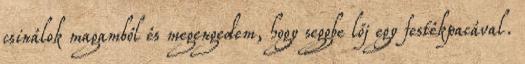
csinálok magamból és megengedem, hogy seggbe lőj egy festékpacával.